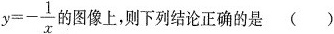
$$y=- \frac{1}{x}$$ 的图像上,则下列结论正确的是 ( )